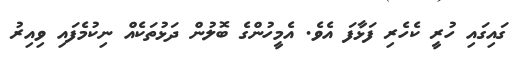
ގައިގައި ހުރީ ކެހެރި ފަޅާފަ އެވެ. އެމީހުންގެ ބޮލުން ދަޅުތަކެއް ނިކުމެފައި ވިއިރު